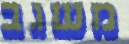
משגב